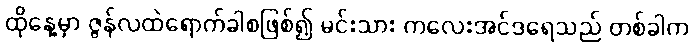
ထိုနေ့မှာ ဇွန်လထဲရောက်ခါစဖြစ်၍ မင်းသား ကလေးအင်ဒရေသည် တစ်ခါက